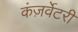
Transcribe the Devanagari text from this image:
कंज़र्वेटरी